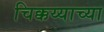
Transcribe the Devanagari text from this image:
चिक्कय्याच्या